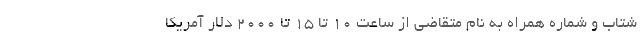
شتاب و شماره همراه به نام متقاضی از ساعت ۱۰ تا ۱۵ تا ۲۰۰۰ دلار آمریکا